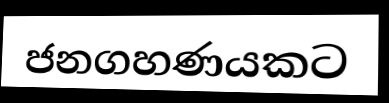
ජනගහණයකට